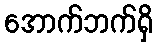
အောက်ဘက်ရှိ